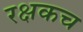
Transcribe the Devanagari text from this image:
रक्षकच